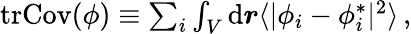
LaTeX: \begin{array}{r}{\mathrm{tr}\mathrm{Cov}(\phi)\equiv\sum_{i}\int_{V}\mathrm{d}\boldsymbol{r}\langle\vert\phi_{i}-\phi_{i}^{*}\vert^{2}\rangle\, ,}\end{array}